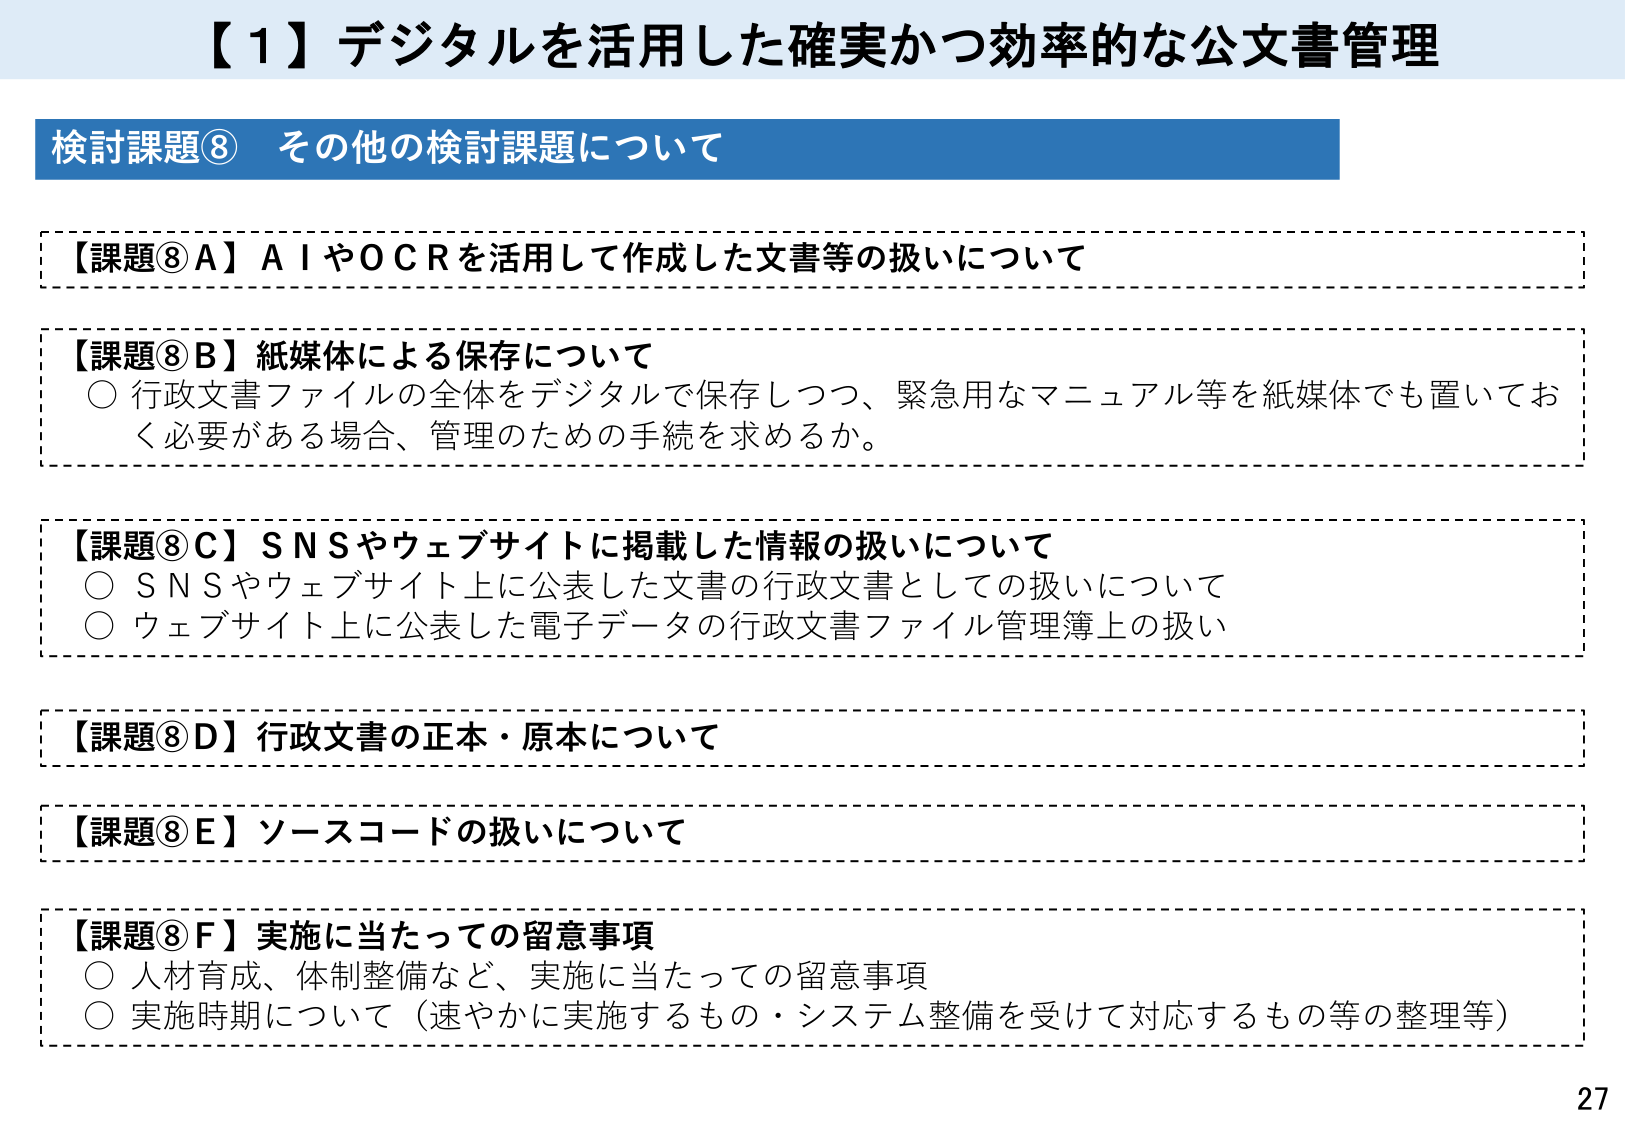
【１】デジタルを活用した確実かつ効率的な公文書管理

検討課題⑧ その他の検討課題について

【課題⑧A】ＡＩやＯＣＲを活用して作成した文書等の扱いについて

【課題⑧B】紙媒体による保存について
○ 行政文書ファイルの全体をデジタルで保存しつつ、緊急用なマニュアル等を紙媒体でも置いておく必要がある場合、管理のための手続を求めるか。

【課題⑧C】ＳＮＳやウェブサイトに掲載した情報の扱いについて
○ ＳＮＳやウェブサイト上に公表した文書の行政文書としての扱いについて
○ ウェブサイト上に公表した電子データの行政文書ファイル管理簿上の扱い

【課題⑧D】行政文書の正本・原本について

【課題⑧E】ソースコードの扱いについて

【課題⑧F】実施に当たっての留意事項
○ 人材育成、体制整備など、実施に当たっての留意事項
○ 実施時期について（速やかに実施するもの・システム整備を受けて対応するもの等の整理等）

27